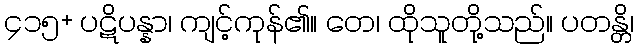
၄၁၅+ ပဋိပန္နာ၊ ကျင့်ကုန်၏။ တေ၊ ထိုသူတို့သည်။ ပတန္တိ၊